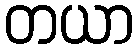
တယာ